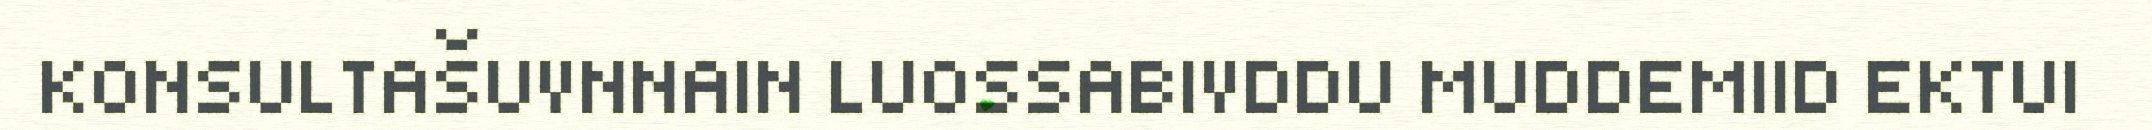
KONSULTAŠUVNNAIN LUOSSABIVDDU MUDDEMIID EKTUI